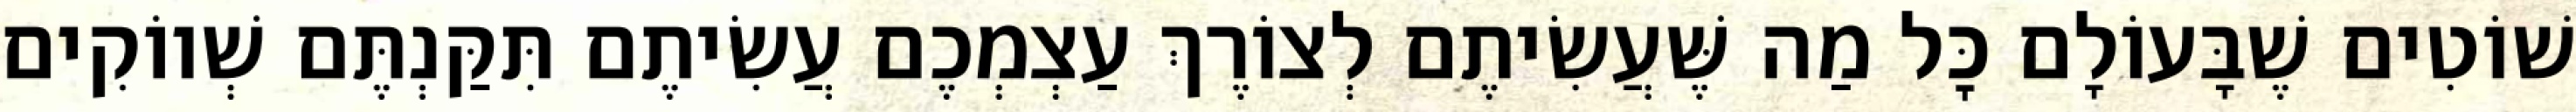
שׁוֹטִים שֶׁבָּעוֹלָם כׇּל מַה שֶּׁעֲשִׂיתֶם לְצוֹרֶךְ עַצְמְכֶם עֲשִׂיתֶם תִּקַּנְתֶּם שְׁווֹקִים